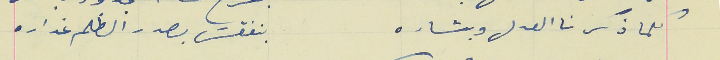
كلما ذكرنا العدل وبشاره                                بنفقش بصدر الظلم غداره